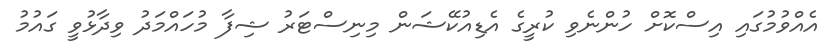
އެއްވުމުގައި އިސްކޮށް ހުންނެވި ކުރީގެ އެޑިއުކޭޝަން މިނިސްޓަރު ޝިފާ މުހައްމަދު ވިދާޅުވީ ގައުމު